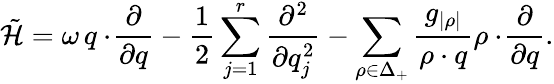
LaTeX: \tilde{\cal H}=\omega\, q\cdot\! {\frac{\partial}{\partial q}}-{\frac{1}{2}}\sum_{j=1}^{r}{\frac{\partial^{2}}{\partial q_{j}^{2}}}-\sum_{\rho\in\Delta_{+}}{\frac{g_{|\rho|}}{\rho\cdot q}}\rho\cdot\! {\frac{\partial}{\partial q}}.